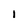
Character: 1